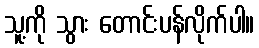
သူ့ကို သွား တောင်းပန်လိုက်ပါ။